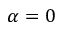
\alpha = 0